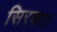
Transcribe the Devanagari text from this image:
सिरका।